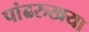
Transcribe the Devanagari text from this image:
पांढरुखया